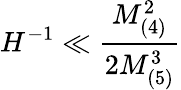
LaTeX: H^{-1}\ll\frac{M_{(4)}^{2}}{2M_{(5)}^{3}}